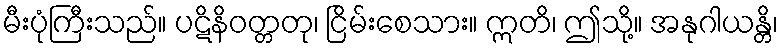
မီးပုံကြီးသည်။ ပဋိနိဝတ္တတု၊ ငြိမ်းစေသား။ ဣတိ၊ ဤသို့။ အနုဂါယန္တိ၊